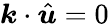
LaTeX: \boldsymbol k\cdot\hat{\boldsymbol u}=0